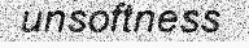
unsoftness